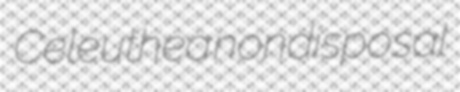
Celeuthea nondisposal